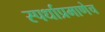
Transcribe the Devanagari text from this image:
स्पर्धाप्रमाणेच